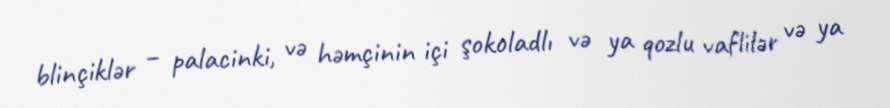
blinçiklər – palacinki, və həmçinin içi şokoladlı və ya qozlu vaflilər və ya